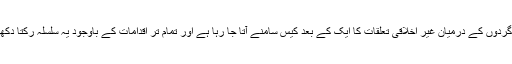
اساتذہ اور شاگردوں کے درمیان غیر اخلاقی تعلقات کا ایک کے بعد کیس سامنے آتا جا رہا ہے اور تمام تر اقدامات کے باوجود یہ سلسلہ رکتا دکھائی نہیں دیتا۔